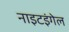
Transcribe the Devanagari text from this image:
नाइटइंगेल